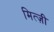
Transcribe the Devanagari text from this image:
मित्ज़ी